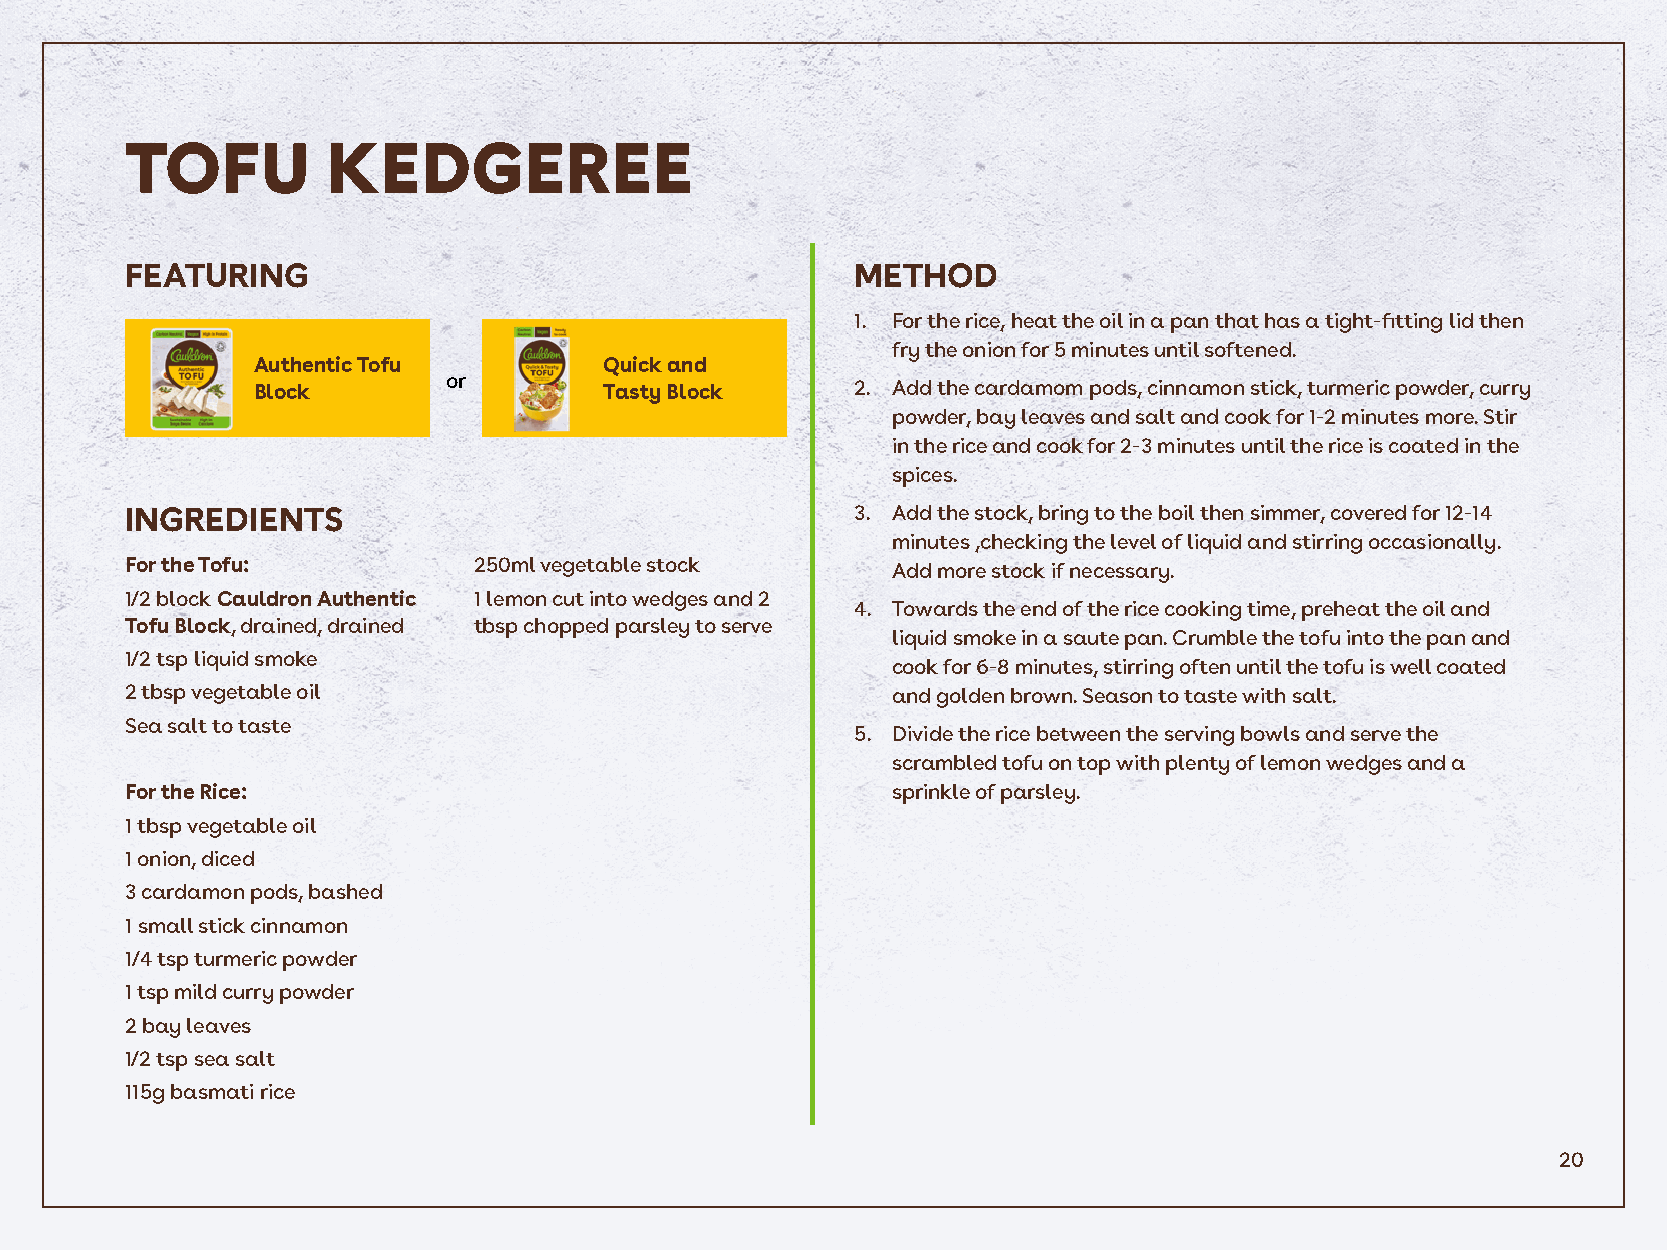
TOFU          KEDGEREE
 FEATURING                                        METHOD
 1. For the rice, heat the oil in a pan that has a tight-fitting lid then
 fry the onion for 5 minutes until softened.
 Authentic Tofu         Quick and
 or
 Block                  Tasty Block      2. Add the cardamom pods, cinnamon stick, turmeric powder, curry
 powder, bay leaves and salt and cook for 1-2 minutes more. Stir
 in the rice and cook for 2-3 minutes until the rice is coated in the
 spices.
 INGREDIENTS                                      3. Add the stock, bring to the boil then simmer, covered for 12-14
 minutes ,checking the level of liquid and stirring occasionally.
 For the Tofu:          250ml vegetable stock       Add more stock if necessary.
 1/2 block Cauldron Authentic 1 lemon cut into wedges and 2
 4. Towards the end of the rice cooking time, preheat the oil and
 Tofu Block, drained, drained tbsp chopped parsley to serve
 liquid smoke in a saute pan. Crumble the tofu into the pan and
 1/2 tsp liquid smoke
 cook for 6-8 minutes, stirring often until the tofu is well coated
 2 tbsp vegetable oil                               and golden brown. Season to taste with salt.
 Sea salt to taste
 5. Divide the rice between the serving bowls and serve the
 scrambled tofu on top with plenty of lemon wedges and a
 For the Rice:                                      sprinkle of parsley.
 1 tbsp vegetable oil
 1 onion, diced
 3 cardamon pods, bashed
 1 small stick cinnamon
 1/4 tsp turmeric powder
 1 tsp mild curry powder
 2 bay leaves
 1/2 tsp sea salt
 115g basmati rice
 20